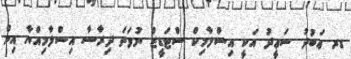
ޑރ ޢަބުދު ސަޢީދު އަކީ އިސްލާމިކް ސްޓަޑީޒް ނުވަތަ ދިރާސާ އިސްލާމިއްޔާ އިން